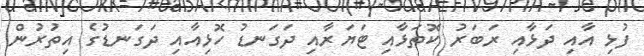
ފުޅި އާއި ދަޅާއި ރަބަރު ކޮތަޅާއި ޓަޔަރާއި ދަގަނޑު ހޮޅިއާއި ދަގަނޑުގެ އިތުރުން